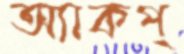
অ্যাকপ্